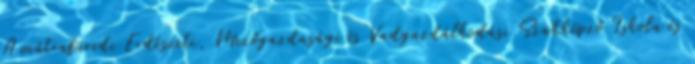
A mátrafüredi Erdészeti, Mezőgazdasági és Vadgazdálkodási Szakképző Iskola és